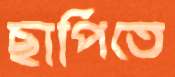
ছাপিতে